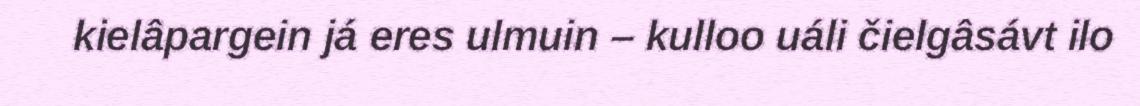
kielâpargein já eres ulmuin – kulloo uáli čielgâsávt ilo